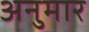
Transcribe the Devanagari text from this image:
अनुमार